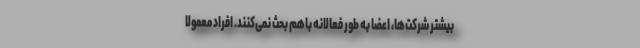
بیشتر شرکت‌ها، اعضا به طور فعالانه باهم بحث نمی‌کنند. افراد معمولا